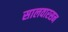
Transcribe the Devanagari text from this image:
सालवारसन